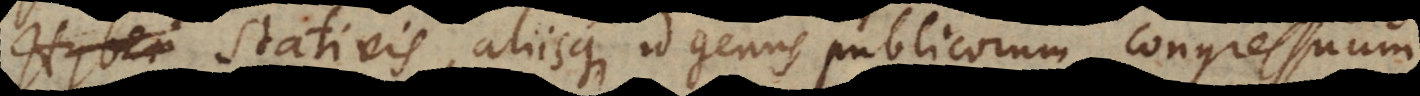
stativis, aliisque id genus publicorum congressuum